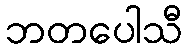
ဘတပေါသီ